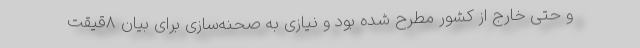
و حتی خارج از کشور مطرح شده بود و نیازی به صحنه‌سازی برای بیان ۸قیقت